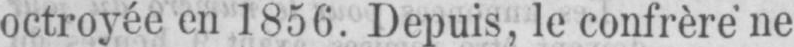
octroyée en 1856. Depuis, le confrère ne